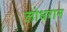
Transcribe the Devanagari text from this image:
लोधरान